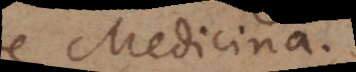
De Medicina.